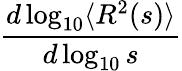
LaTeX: \frac{d\log_{10}\langle R^{2}(s)\rangle}{d\log_{10}s}